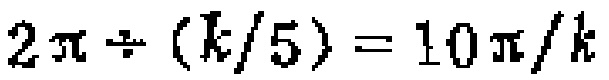
\(2\pi\div(k/5)=10\pi/k\)